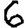
Digit: 6